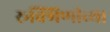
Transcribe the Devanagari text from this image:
रूक्मिणीच्या